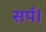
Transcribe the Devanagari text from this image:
सर्प।